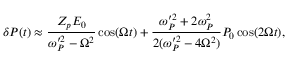
\delta P ( t ) \approx \frac { Z _ { p } E _ { 0 } } { \omega _ { P } ^ { \prime 2 } - \Omega ^ { 2 } } \cos ( \Omega t ) + \frac { \omega _ { P } ^ { \prime 2 } + 2 \omega _ { P } ^ { 2 } } { 2 ( \omega _ { P } ^ { \prime 2 } - 4 \Omega ^ { 2 } ) } P _ { 0 } \cos ( 2 \Omega t ) ,